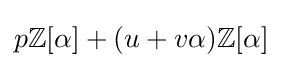
p\mathbb {Z} [\alpha ]+(u+v\alpha )\mathbb {Z} [\alpha ]